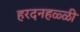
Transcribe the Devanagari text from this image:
हरदनहळ्ळी